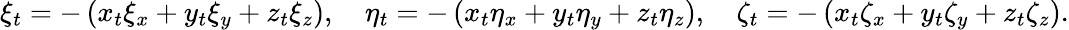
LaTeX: \xi_{t}=-\left(x_{t}\xi_{x}+y_{t}\xi_{y}+z_{t}\xi_{z}\right),\quad\eta_{t}=-\left(x_{t}\eta_{x}+y_{t}\eta_{y}+z_{t}\eta_{z}\right),\quad\zeta_{t}=-\left(x_{t}\zeta_{x}+y_{t}\zeta_{y}+z_{t}\zeta_{z}\right).